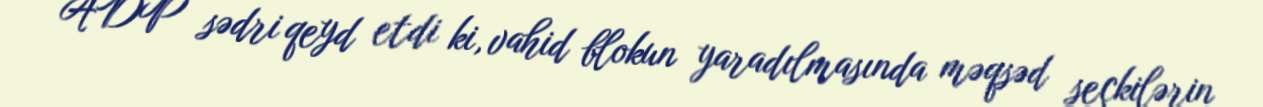
ADP sədri qeyd etdi ki, vahid blokun yaradılmasında məqsəd seçkilərin